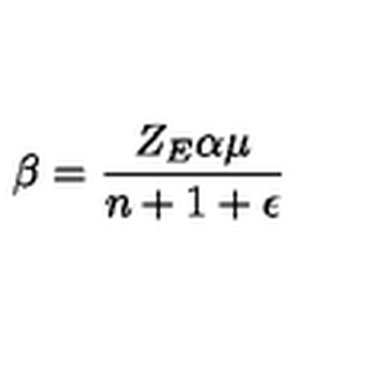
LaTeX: \beta = \frac { Z _ { E } \alpha \mu } { n + 1 + \epsilon }